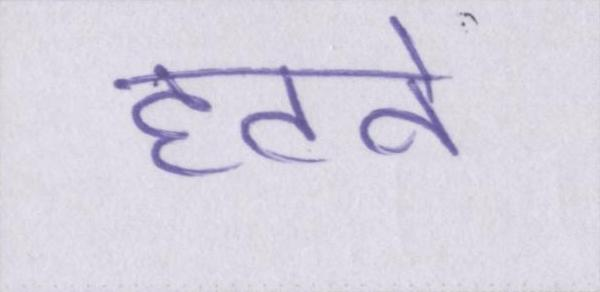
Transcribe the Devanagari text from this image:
हटने